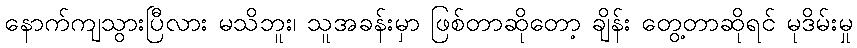
နောက်ကျသွားပြီလား မသိဘူး၊ သူအခန်းမှာ ဖြစ်တာဆိုတော့ ချိန်း တွေ့တာဆိုရင် မုဒိမ်းမှု